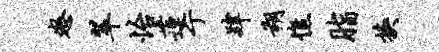
怒翠怡莲亍肄朔憔脂换